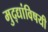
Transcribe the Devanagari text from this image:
मुद्द्यांविषयी